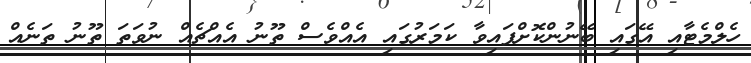
ހެލްމެޓާއި އޭގައި ބޭނުންކޮށްފައިވާ ކަމަރުގައި އެއްވެސް ތޫނު އެއްޗެއް ނުވަތަ ތޫނު ތަނެއް